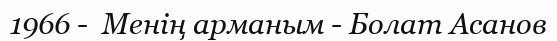
1966 -  Менің арманым - Болат Асанов